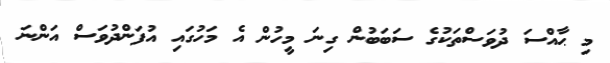
މި ޙާއްސަ ދުވަސްތަކުގެ ސަބަބުން ގިނަ މީހުން އެ މަހުގައި އުފަންދުވަސް އަންނަ